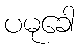
ပမုခေါ